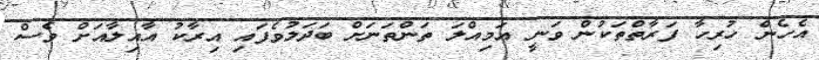
އެހެން ހުރިހާ ފަރާތްތަކުން ވަނީ އަމިއްލަ ތަންތަނަށް ބަދަލުވެފައި އިރާކު އާއިލާއަށް ވެސް